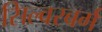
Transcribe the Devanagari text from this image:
सिल्वरबर्ग